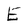
Character: E